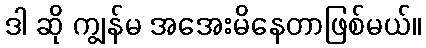
ဒါ ဆို ကျွန်မ အအေးမိနေတာဖြစ်မယ်။